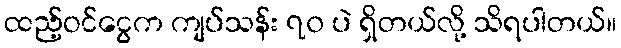
ထည့်ဝင်ငွေက ကျပ်သန်း ၇၀ ပဲ ရှိတယ်လို့ သိရပါတယ်။